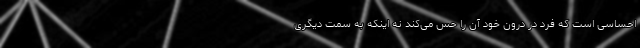
احساسی است که فرد در درون خود آن را حس می‌کند نه اینکه به سمت دیگری